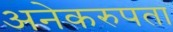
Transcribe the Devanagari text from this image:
अनेकरुपता